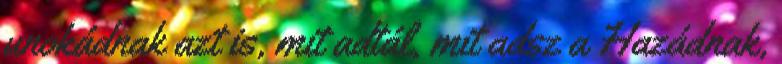
unokádnak azt is, mit adtál, mit adsz a Hazádnak,